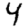
Digit: 4